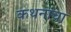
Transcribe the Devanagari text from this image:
कथनांचा